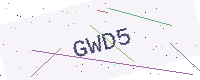
Text: GWD5